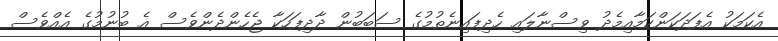
އެކަމަކު އެފަދަކަންކަމާއިމެދު ވިސްނާލައި ހެދިފައިނެތުމުގެ ސަބަބުން ދާދިފަހަކާ ޖެހެންދެންވެސް އެ ބުނުމުގެ އެއްވެސް